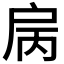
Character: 𢨿